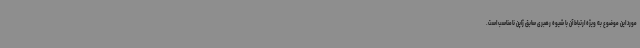
مورد این موضوع به ویژه ارتباط آن با شیوه رهبری سابق ژاپن نامناسب است.